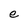
Character: e